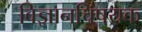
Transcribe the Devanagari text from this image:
विज्ञानचिषयक